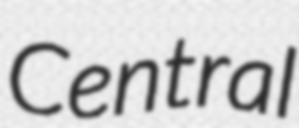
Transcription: Central